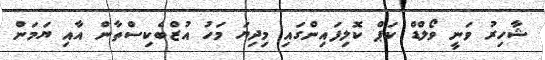
ޝާހިރު ވަނީ ވޯލްޑް ކަޕް ކޮލިފައިންގައި މިދިޔަ މަހު އުޒްބެކިސްތާން އާއި ޔަމަން